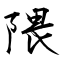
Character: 隈